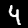
Digit: 4